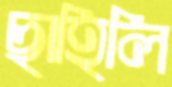
ছাহিলি